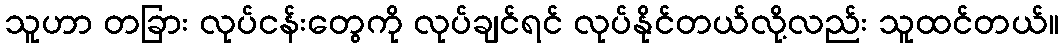
သူဟာ တခြား လုပ်ငန်းတွေကို လုပ်ချင်ရင် လုပ်နိုင်တယ်လို့လည်း သူထင်တယ်။